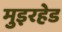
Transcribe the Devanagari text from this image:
मुइरहेड